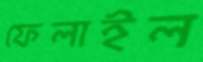
ফেলাইল